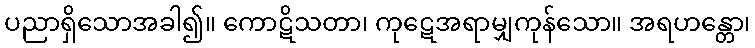
ပညာရှိသောအခါ၍။ ကောဋိသတာ၊ ကုဋေအရာမျှကုန်သော။ အရဟန္တော၊